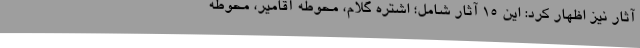
آثار نیز اظهار کرد: این 15 آثار شامل؛ اشتره گلام، محوطه آقامیر، محوطه